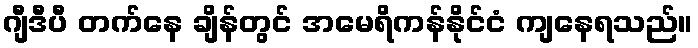
ဂျီဒီပီ တက်နေ ချိန်တွင် အမေရိကန်နိုင်ငံ ကျနေရသည်။